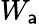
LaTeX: W_{\mathsf{a}}